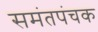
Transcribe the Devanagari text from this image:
समंतपंचक